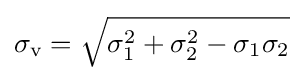
\sigma _{\text{v}}={\sqrt {\sigma _{1}^{2}+\sigma _{2}^{2}-\sigma _{1}\sigma _{2}}}\!